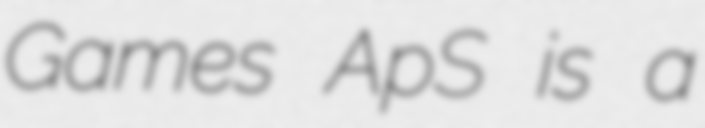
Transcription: Games ApS is a